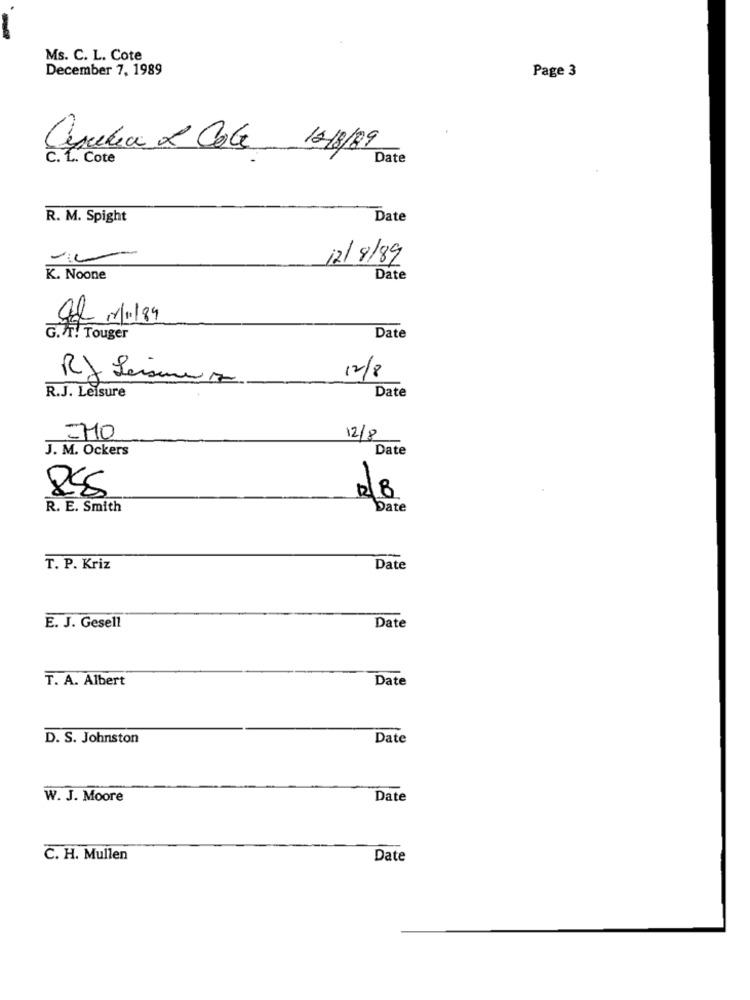
-
Ms. C. L. Cote
December 7, 1989
Page 3
Capabia x Cola 10/8/89
C. L .. Cote
Date
R. M. Spight
Date
12/8/89
K. Noone
Date
G.A. Touger
Date
12/8
RJ Leismuz
R.J. Leisure
Date
12/8
J. M. Ockers
Date
2/8
R. E. Smith
Date
T. P. Kriz
Date
E. J. Gesell
Date
T. A. Albert
Date
D. S. Johnston
Date
W. J. Moore
Date
C. H. Mullen
Date